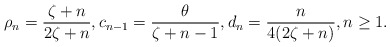
\begin{align*}\rho_{n}=\dfrac{\zeta+n}{2\zeta+n}, c_{n-1} = \dfrac{\theta}{\zeta+n-1}, d_{n} = \dfrac{n}{4(2\zeta+n)}, n \geq 1.\end{align*}